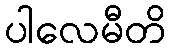
ပါလေမီတိ